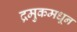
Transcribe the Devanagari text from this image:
द्रमुकमधून